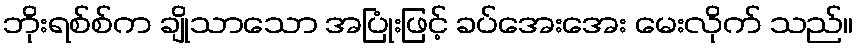
ဘိုးရစ်စ်က ချိုသာသော အပြုံးဖြင့် ခပ်အေးအေး မေးလိုက် သည်။